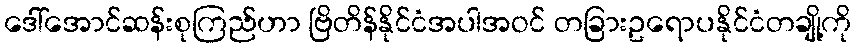
ဒေါ်အောင်ဆန်းစုကြည်ဟာ ဗြိတိန်နိုင်ငံအပါအဝင် တခြားဥရောပနိုင်ငံတချို့ကို